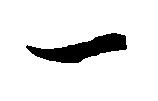
一